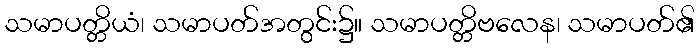
သမာပတ္တိယံ၊ သမာပတ်အတွင်း၌။ သမာပတ္တိဗလေန၊ သမာပတ်၏